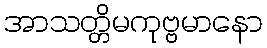
အာသတ္တိမကုဗ္ဗမာနော